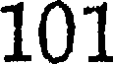
101